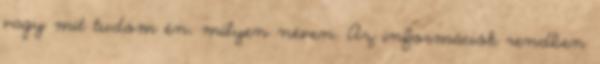
vagy mit tudom én, milyen néven. Az információk rendben